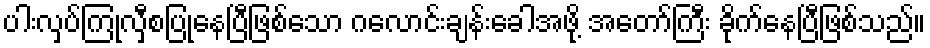
ပါးလှပ်ကြုံလှီစပြုနေပြီဖြစ်သော ဂလောင်းချန်းခေါအဖို့ အတော်ကြီး ခိုက်နေပြီဖြစ်သည်။